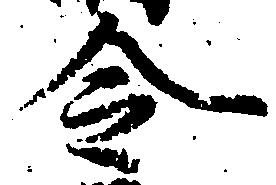
令